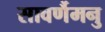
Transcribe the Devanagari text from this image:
सावर्णैमनु